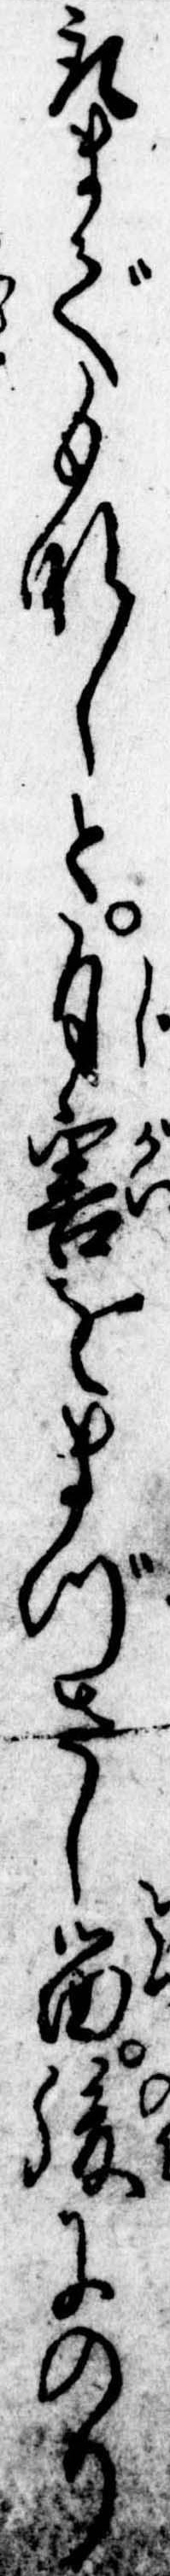
取までもなしと自害をまづさし留後にのり